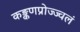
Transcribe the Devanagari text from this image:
कङ्कणप्रोज्ज्वलं